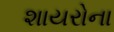
શાયરોના